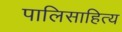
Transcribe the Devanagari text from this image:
पालिसाहित्य